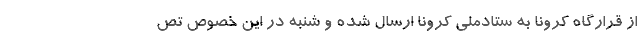
از قرارگاه کرونا به ستادملی کرونا ارسال شده و شنبه در این خصوص تص